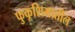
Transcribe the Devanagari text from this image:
फुकूशिमातील